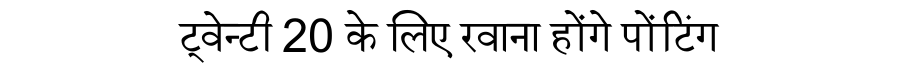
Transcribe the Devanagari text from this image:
ट्वेन्टी 20 के लिए रवाना होंगे पोंटिंग